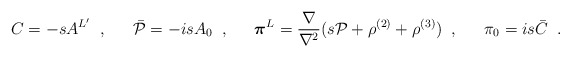
\begin{align*}C=-sA^{L'}\;\; , \;\;\hspace{1em} \bar{{\cal P}}=-isA_{0} \;\; , \;\; \hspace{1em}\mbox{\boldmath $\pi$}^L=\frac{\nabla}{\nabla^2}(s{\cal P}+\rho^{(2)}+\rho^{(3)})\;\; , \;\; \hspace{1em}\pi_0=is\bar{C}\;\; .\end{align*}